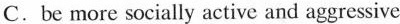
C.be more socially active and aggressive